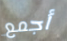
أجمع